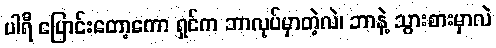
ပါရီ ပြောင်းတော့ကော ရှင်က ဘာလုပ်မှာတဲ့လဲ၊ ဘာနဲ့ သွားစားမှာလဲ